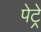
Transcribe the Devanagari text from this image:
पेट्रे